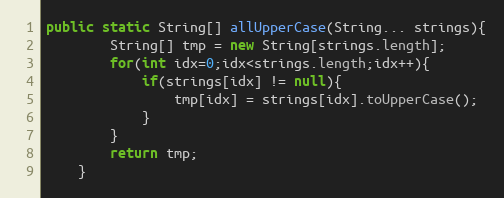
Language: Java
public static String[] allUpperCase(String... strings){
		String[] tmp = new String[strings.length];
		for(int idx=0;idx<strings.length;idx++){
			if(strings[idx] != null){
				tmp[idx] = strings[idx].toUpperCase();
			}
		}
		return tmp;
	}